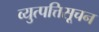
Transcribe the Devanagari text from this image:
व्युत्पत्तिसूचन